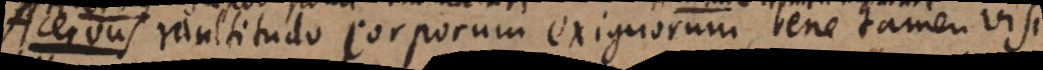
s multitudo corporum exiguorum, bene tamen visi